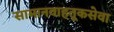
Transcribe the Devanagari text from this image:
सामानवाहतूकसेवा